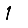
Digit: 1